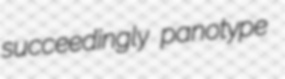
succeedingly panotype